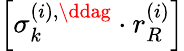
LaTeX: \left[\sigma_{k}^{\left(i\right),\ddag}\cdot r_{R}^{\left(i\right)}\right]